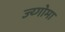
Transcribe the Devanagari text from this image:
ज्य्गोमा